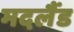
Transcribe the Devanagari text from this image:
मदलैंड